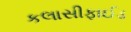
કલાસીફાઈડ